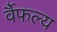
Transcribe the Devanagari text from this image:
र्वैफल्य